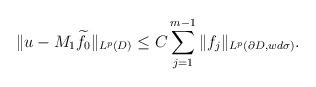
LaTeX: \begin{align*}\|u-M_{1}\widetilde{f}_{0}\|_{L^{p}(D)}\leq C\sum_{j=1}^{m-1}\|f_{j}\|_{L^{p}(\partial D, wd\sigma)}.\end{align*}